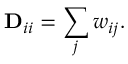
\mathbf { D } _ { i i } = \sum _ { j } w _ { i j } .